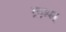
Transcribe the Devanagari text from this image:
ग्राम्म